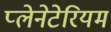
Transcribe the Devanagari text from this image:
प्‍लेनेटेरियम